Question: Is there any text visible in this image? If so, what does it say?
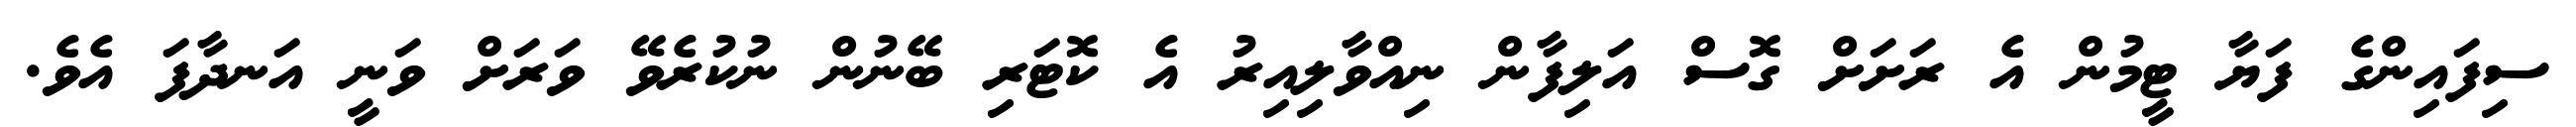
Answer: ސިފައިންގެ ފަޔާ ޓީމުން އެ ރަށަށް ގޮސް އަލިފާން ނިއްވާލިއިރު އެ ކޮޓަރި ބޭނުން ނުކުރެވޭ ވަރަށް ވަނީ އަނދާފަ އެވެ.